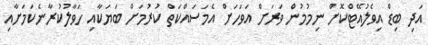
އަދި ބިޑް އިވެލުއޭޓްކޮށް ނިމުމުން ވަރަށް އަވަހަށް އެމަސައްކަތް ކުުރުމަށް ބަޔަކާއި ހަވާލުކުރާނެކަމަށާއި